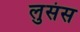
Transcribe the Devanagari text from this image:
लुसंस